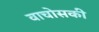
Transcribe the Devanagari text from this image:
वाचोसकी